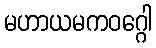
မဟာယမကဝဂ္ဂေါ